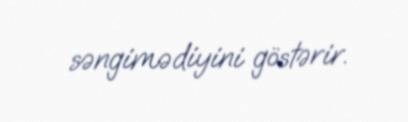
səngimədiyini göstərir.